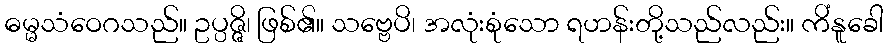
ဓမ္မသံဝေဂသည်။ ဥပ္ပဇ္ဇိ၊ ဖြစ်၏။ သဗ္ဗေပိ၊ အလုံးစုံသော ရဟန်းတို့သည်လည်း။ ကိံနူခေါ